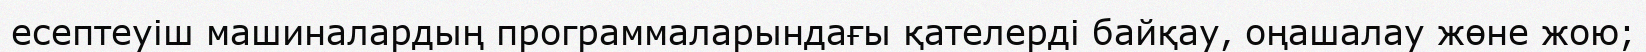
есептеуіш машиналардың программаларындағы қателерді байқау, оңашалау жөне жою;